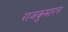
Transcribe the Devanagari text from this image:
राजकुमारन